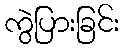
ကွဲပြားခြင်း